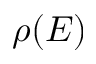
\rho ( E )